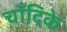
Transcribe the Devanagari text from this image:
चाँदिके